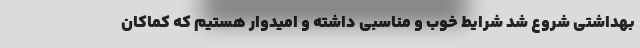
بهداشتی شروع شد شرایط خوب و مناسبی داشته و امیدوار هستیم که کماکان